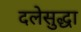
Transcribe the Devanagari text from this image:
दलेसुद्धा